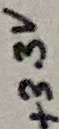
Text: +3.3V